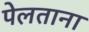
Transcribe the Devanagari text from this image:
पेलताना